Annual statistical returns and brief notes on vaccination in Bengal - 1909-1929
Year: 1909
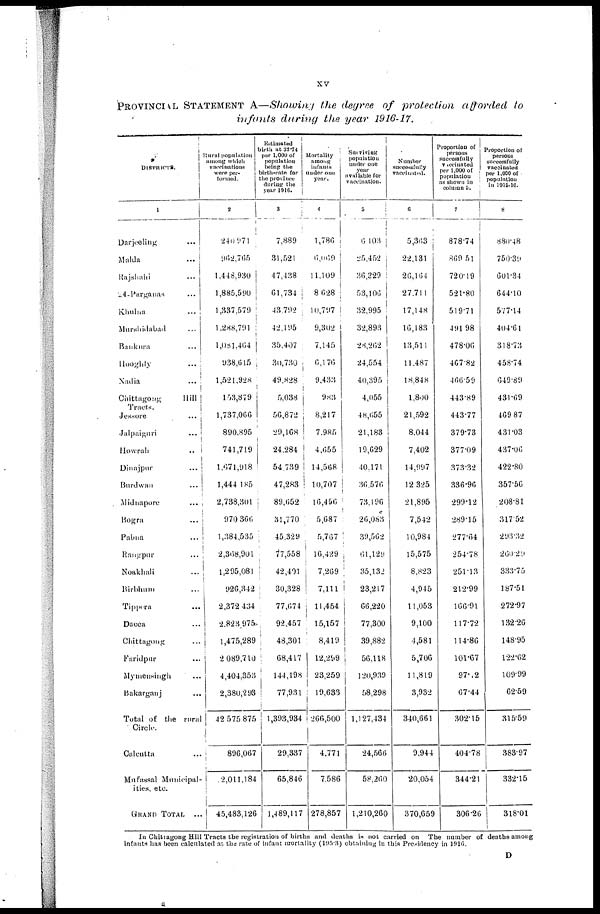
xv
PROVINCIAL STATEMENT A—Showing the degree of protection afforded to
infants during the year 1916-17.
DISTRICTS.
1
Darjeeling... ...
Malda... ...
Rajshahi... ...
24-Parganas... ...
Khulna... ...
Murshidabad... ...
Bankura... ...
Hooghly...
...
Nadia...
...
Chittagong
Hill
Tracts.
Jessore...
...
Jalpaiguri...
...
Howrah...
...
Dinajpur... ...
Burdwan... ...
Midnapore... ...
Bogra... ...
Pabna... ...
Rangpur... ...
Noakhali... ...
Birbhum... ...
Tippera... ...
Dacca... ...
Chittagong... ...
Faridpur... ...
Mymensingh...
...
Bakarganj... ...
Total of the rural
Circle.
Calcutta... ...
Mufassal Municipal-
ities, etc.
GRAND
TOTAL...
Rural population
among which
vaccinations
were per-
formed.
2
240,971
962,765
1,448,930
1,885,590
1,337,579
1,288,791
1,081,464
938,615
1,521,928
153,879
1,737,066
890,895
741,719
1,671,918
1,444,185
2,738,301
970,360
1,384,535
2,368,901
1,295,081
926,342
2,372,434
2,823,975
1,475,289
2,089,710
4,404,353
2,380,293
42,575,875
896,067
2,011,184
45,483,126
Estimated
birth at 32.74
per 1,000 of
population
being the
birth-rate for
the province
during the
year 1916.
3
7,889
31,521
47,438
61,734
43,792
42,195
35,407
30,730
49,828
5,038
56,872
29,168
24,284
54,739
47,283
89,652
31,770
45,329
77,558
42,401
30,328
77,674
92,457
48,301
68,417
144,198
77,931
1,393,934
29,337
65,846
1,489,117
Mortality
among
infants
under one
year.
4
1,786
6,069
11,109
8,628
10,797
9,302
7,145
6,176
9,433
983
8,217
7,985
4,655
14,568
10,707
16,456
5,687
5,767
16,429
7,269
7,111
11,454
15,157
8,419
12,299
23,259
19,633
266,500
4,771
7,586
278,857
Surviving
populnation
under one
year
available for
vaccination.
5
6,103
25,452
36,329
53,106
32,995
32,893
28,262
24,554
40,395
4,055
48,655
21,183
19,629
40,171
36,576
73,196
26,083
39,562
61,129
35,132
23,217
66,220
77,300
39,882
56,118
120,939
58,298
1,127,434
24,566
58,260
1,210,260
Number
successfully
vaccinated.
6
5,363
22,131
26,164
27,711
17,148
16,183
13,511
11,487
18,848
1,800
21,592
8,044
7,402
14,997
12,325
21,895
7,542
10,984
15,575
8,823
4,945
11,053
9,100
4,581
5,706
11,819
3,932
340,661
9,944
20,054
370,659
Proportion of
persons
successfully
vaccinated
per 1,000 of
population
as shown in
column 5.
7
878.74
869.51
720.19
521.80
519.71
491.98
478.06
467.82
466.59
443.89
443.77
379.73
377.09
373.32
336.96
299.12
289.15
277.64
254.78
251.13
212.99
166.91
117.72
114.86
101.67
97.02
67.44
302.15
404.78
344.21
306.26
Proportion of
persons
successfully
vaccinated
per 1,000 of
population
in 1916-16.
8
880.48
750.39
601.34
644.10
577.14
404.61
318.73
458.74
649.89
431.69
469.87
431.03
437.06
422.80
357.56
208.81
317.52
293.32
260.29
333.75
187.51
272.97
132.26
148.95
122.62
109.99
62.59
315.59
383.97
332.15
318.01
In Chittagong Hill Tracts the registration of births and deaths is not carried on The number of deaths among
infants has been calculated at the rate of infant mortality (195.3) obtaining in this Presidency in 1916.
D